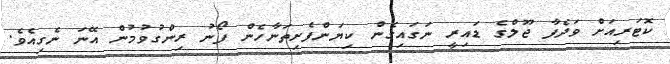
ކޮޓަރިއަށް ވަދެފާ ޖޫލްގެ ޑައިރީ ނަގައިގެން ކިޔަންފެށިތަނާހެން ފޯނު ރިންގުވުމުން އޭނަ ނެގިއެވެ.